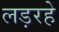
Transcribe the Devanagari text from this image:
लड़रहे